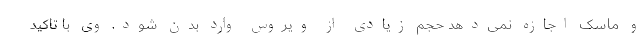
و ماسک اجازه نمی‌دهد حجم زیادی از ویروس وارد بدن شود. وی با تاکید